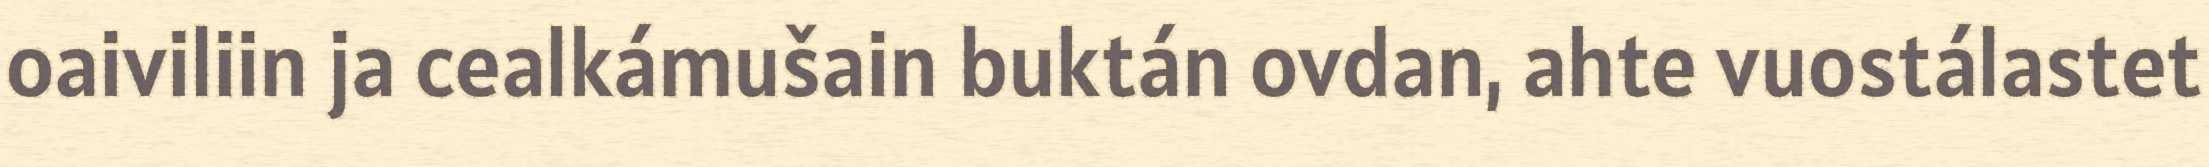
oaiviliin ja cealkámušain buktán ovdan, ahte vuostálastet